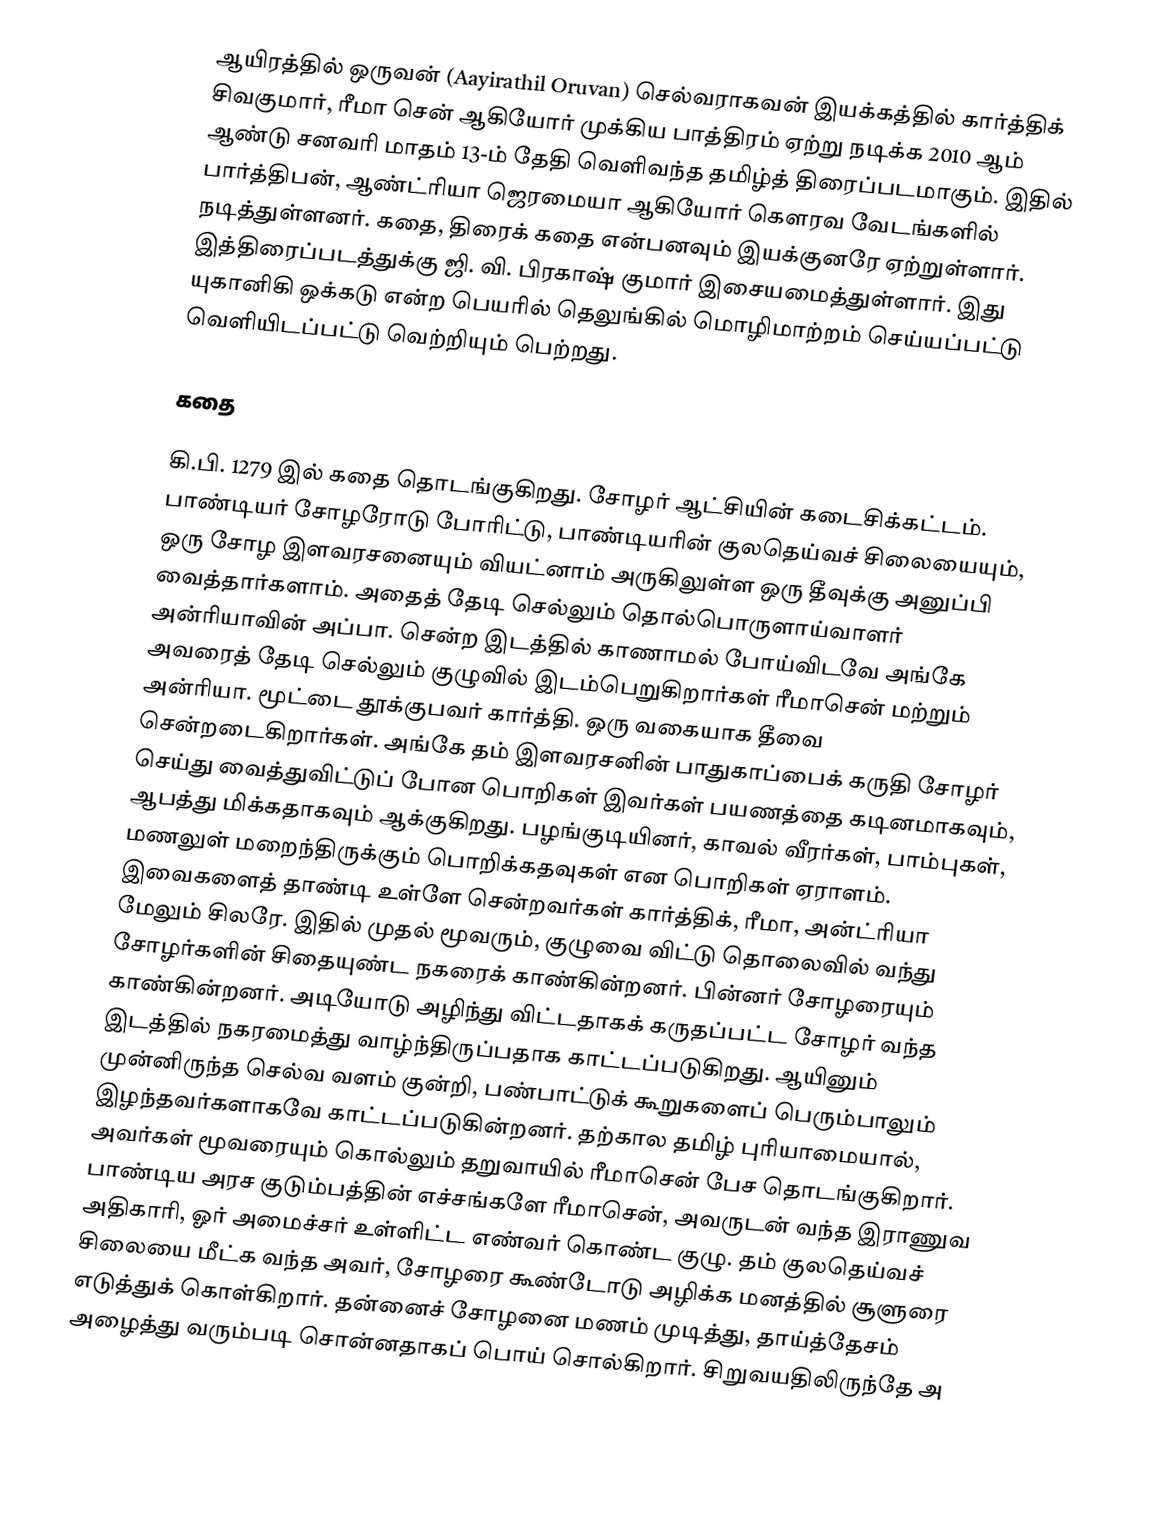
ஆயிரத்தில் ஒருவன் (Aayirathil Oruvan)  செல்வராகவன் இயக்கத்தில் கார்த்திக் சிவகுமார், ரீமா சென் ஆகியோர் முக்கிய பாத்திரம் ஏற்று நடிக்க 2010 ஆம் ஆண்டு சனவரி மாதம் 13-ம் தேதி வெளிவந்த தமிழ்த் திரைப்படமாகும். இதில் பார்த்திபன், ஆண்ட்ரியா ஜெரமையா ஆகியோர் கௌரவ வேடங்களில் நடித்துள்ளனர். கதை, திரைக் கதை என்பனவும் இயக்குனரே ஏற்றுள்ளார். இத்திரைப்படத்துக்கு ஜி. வி. பிரகாஷ் குமார் இசையமைத்துள்ளார். இது யுகானிகி ஒக்கடு என்ற பெயரில்  தெலுங்கில் மொழிமாற்றம் செய்யப்பட்டு வெளியிடப்பட்டு வெற்றியும் பெற்றது.

கதை

கி.பி. 1279 இல் கதை தொடங்குகிறது. சோழர் ஆட்சியின் கடைசிக்கட்டம். பாண்டியர் சோழரோடு போரிட்டு, பாண்டியரின் குலதெய்வச் சிலையையும், ஒரு சோழ இளவரசனையும் வியட்னாம் அருகிலுள்ள ஒரு தீவுக்கு அனுப்பி வைத்தார்களாம். அதைத் தேடி செல்லும் தொல்பொருளாய்வாளர் அன்ரியாவின் அப்பா. சென்ற இடத்தில் காணாமல் போய்விடவே அங்கே அவரைத் தேடி செல்லும் குழுவில் இடம்பெறுகிறார்கள் ரீமாசென் மற்றும் அன்ரியா. மூட்டை தூக்குபவர் கார்த்தி. ஒரு வகையாக தீவை சென்றடைகிறார்கள். அங்கே தம் இளவரசனின் பாதுகாப்பைக் கருதி சோழர் செய்து வைத்துவிட்டுப் போன பொறிகள் இவர்கள் பயணத்தை கடினமாகவும், ஆபத்து மிக்கதாகவும் ஆக்குகிறது. பழங்குடியினர், காவல் வீரர்கள், பாம்புகள், மணலுள் மறைந்திருக்கும் பொறிக்கதவுகள் என பொறிகள் ஏராளம். இவைகளைத் தாண்டி உள்ளே சென்றவர்கள் கார்த்திக், ரீமா, அன்ட்ரியா மேலும் சிலரே. இதில் முதல் மூவரும், குழுவை விட்டு தொலைவில் வந்து சோழர்களின் சிதையுண்ட நகரைக் காண்கின்றனர். பின்னர் சோழரையும் காண்கின்றனர். அடியோடு அழிந்து விட்டதாகக் கருதப்பட்ட சோழர் வந்த இடத்தில் நகரமைத்து வாழ்ந்திருப்பதாக காட்டப்படுகிறது. ஆயினும் முன்னிருந்த செல்வ வளம் குன்றி, பண்பாட்டுக் கூறுகளைப் பெரும்பாலும் இழந்தவர்களாகவே காட்டப்படுகின்றனர். தற்கால தமிழ் புரியாமையால், அவர்கள் மூவரையும் கொல்லும் தறுவாயில் ரீமாசென் பேச தொடங்குகிறார். பாண்டிய அரச குடும்பத்தின் எச்சங்களே ரீமாசென், அவருடன் வந்த இராணுவ அதிகாரி, ஓர் அமைச்சர் உள்ளிட்ட எண்வர் கொண்ட குழு. தம் குலதெய்வச் சிலையை மீட்க வந்த அவர், சோழரை கூண்டோடு அழிக்க மனத்தில் சூளுரை எடுத்துக் கொள்கிறார். தன்னைச் சோழனை மணம் முடித்து, தாய்த்தேசம் அழைத்து வரும்படி சொன்னதாகப் பொய் சொல்கிறார். சிறுவயதிலிருந்தே அ